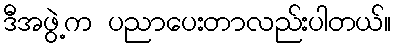
ဒီအဖွဲ့က ပညာပေးတာလည်းပါတယ်။